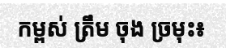
កម្ពស់ ត្រឹម ចុង ច្រមុះ៖